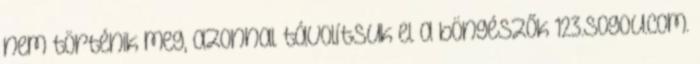
nem történik meg, azonnal távolítsuk el a böngészők 123.sogou.com.